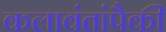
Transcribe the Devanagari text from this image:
कलावंतांपैकी